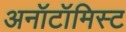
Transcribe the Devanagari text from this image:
अनॉटॉमिस्ट